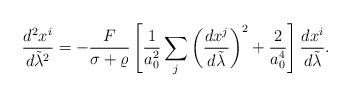
LaTeX: \begin{align*}{{d^2x^i}\over{d\tilde{\lambda}^2}}=-{F\over{\sigma+\varrho}}\left[{1\over a^2_0}\sum_j\left({{dx^j}\over{d\tilde{\lambda}}}\right)^2+{2\over a^4_0}\right]{{dx^i}\over{d\tilde{\lambda}}}.\end{align*}